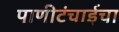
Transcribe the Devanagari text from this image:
पाणीटंचाईचा